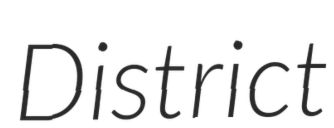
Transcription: District